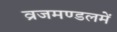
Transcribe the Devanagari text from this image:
व्रजमण्डलमें